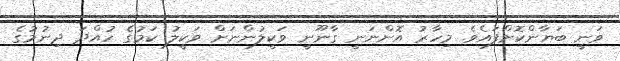
ވަނީ ބަޔާންކޮށްފައެވެ. މިހާރު އޮންނަނީ ގާނޫނީ ވަކީލުންނަށް ވަކީލު ކަމުގެ ހުއްދަ ދިނުމުގެ